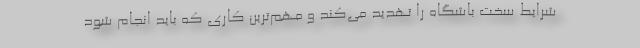
شرایط سخت باشگاه را تهدید می‌کند و مهم‌ترین کاری که باید انجام شود